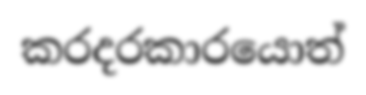
කරදරකාරයොත්